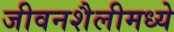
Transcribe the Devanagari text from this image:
जीवनशैलीमध्ये